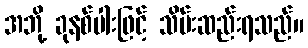
အဘို့ ခုနစ်ပါးဖြင့် သိမ်းဆည်းရသည်။